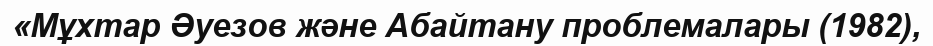
«Мұхтар Әуезов және Абайтану проблемалары (1982),